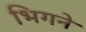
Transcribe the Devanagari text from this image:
भिगने